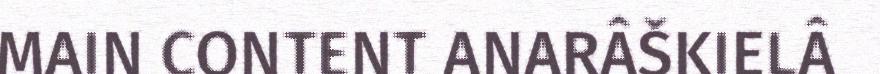
MAIN CONTENT ANARÂŠKIELÂ